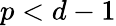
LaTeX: p<d-1